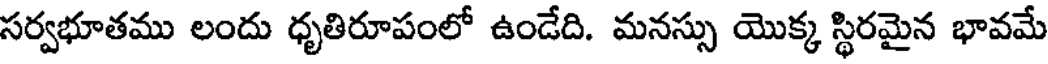
సర్వభూతము లందు ధృతిరూపంలో ఉండేది. మనస్సు యొక్క స్థిరమైన భావమే